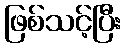
ဖြစ်သင့်ပြီး